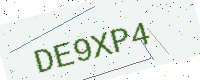
Text: DE9XP4